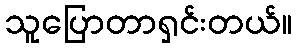
သူပြောတာရှင်းတယ်။